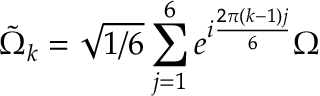
\tilde { \Omega } _ { k } = \sqrt { 1 / 6 } \sum _ { j = 1 } ^ { 6 } e ^ { i \frac { 2 \pi ( k - 1 ) j } { 6 } } \Omega